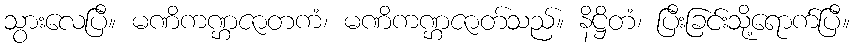
သွားလေပြီ။ မဏိကဏ္ဌဇာတကံ၊ မဏိကဏ္ဌဇာတ်သည်။ နိဋ္ဌိတံ၊ ပြီးခြင်းသို့ရောက်ပြီ။